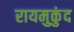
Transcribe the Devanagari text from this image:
रायमुकुंद